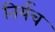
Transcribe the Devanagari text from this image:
तिर्यच